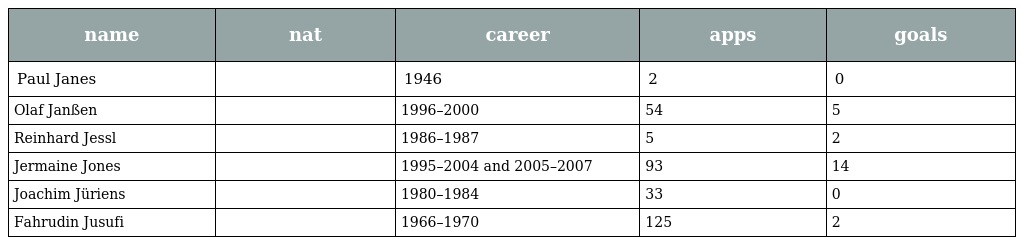
| name | nat | career | apps | goals |
 | --- | --- | --- | --- | --- |
 | Paul Janes |  | 1946 | 2 | 0 |
 | Olaf Janßen |  | 1996–2000 | 54 | 5 |
 | Reinhard Jessl |  | 1986–1987 | 5 | 2 |
 | Jermaine Jones |  | 1995–2004 and 2005–2007 | 93 | 14 |
 | Joachim Jüriens |  | 1980–1984 | 33 | 0 |
 | Fahrudin Jusufi |  | 1966–1970 | 125 | 2 |